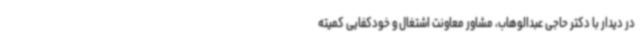
در دیدار با دکتر حاجی عبدالوهاب، مشاور معاونت اشتغال و خودکفایی کمیته